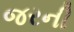
જરની